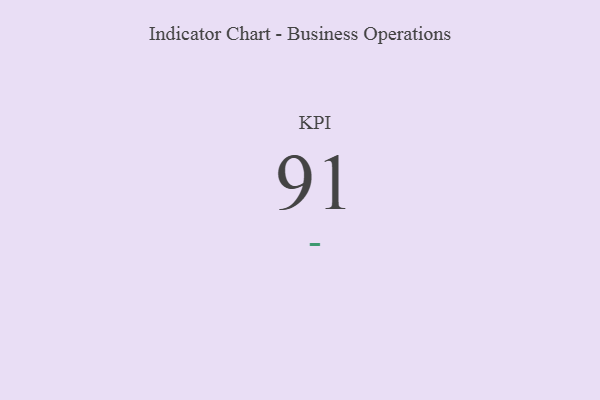
{"axis": {"x": "KPI", "y": "Value"}, "legend": [""], "data": [{"x": "KPI", "y": 91, "type": ""}]}